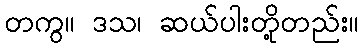
တကွ။ ဒသ၊ ဆယ်ပါးတို့တည်း။